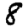
Digit: 8